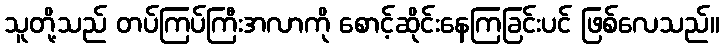
သူတို့သည် တပ်ကြပ်ကြီးအလာကို စောင့်ဆိုင်းနေကြခြင်းပင် ဖြစ်လေသည်။